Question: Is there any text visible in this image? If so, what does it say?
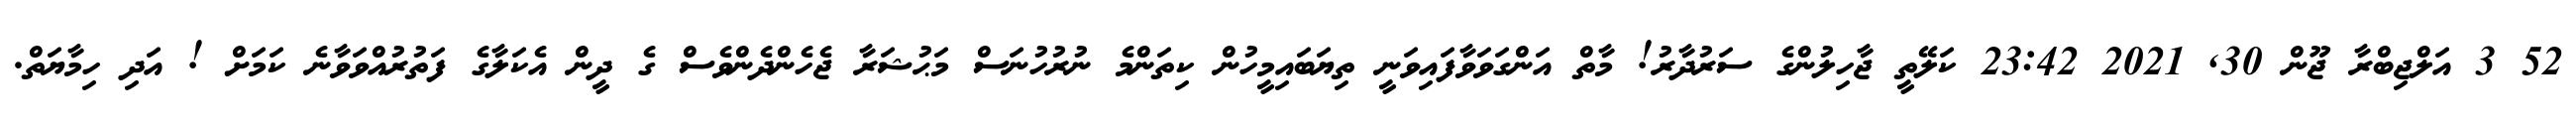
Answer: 52 3 އަލްޖިބްރާ ޖޫން 30, 2021 23:42 ކަލޭތީ ޖާހިލުންގެ ސަރުދާރު! މާތް އަންގަވަވާފައިވަނީ ތިޔަބައިމީހުން ކިތަންމެ ނުރުހުނަސް މަޙުޝަރާ ޖެހެންދެންވެސް ގެ ދީން އެކަލާގެ ފަތުރުއްވަވާނެ ކަމަށް ! އަދި ހިމާޔަތް.